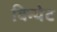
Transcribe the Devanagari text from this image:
विन्येट